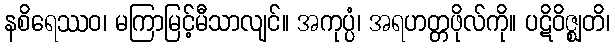
နစိရေဿဝ၊ မကြာမြင့်မီသာလျင်။ အကုပ္ပံ၊ အရဟတ္တဖိုလ်ကို။ ပဋိဝိဇ္ဈတိ၊